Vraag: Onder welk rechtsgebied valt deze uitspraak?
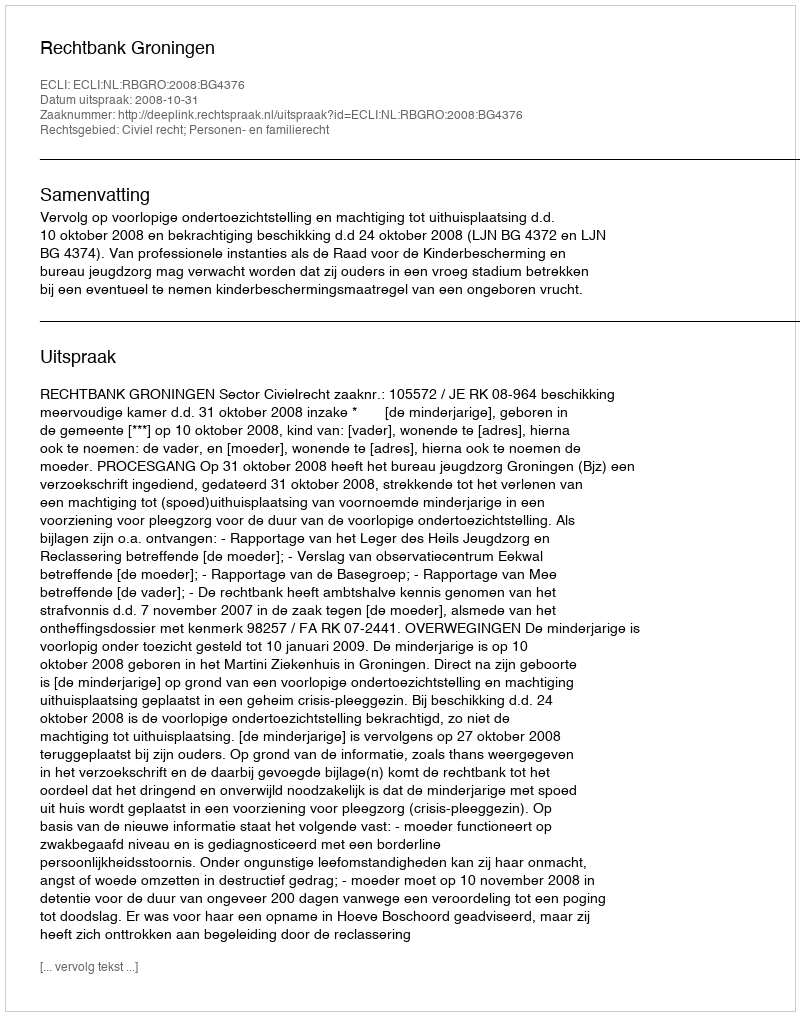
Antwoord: Civiel recht; Personen- en familierecht